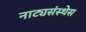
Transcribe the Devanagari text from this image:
नाट्यसंस्थेस